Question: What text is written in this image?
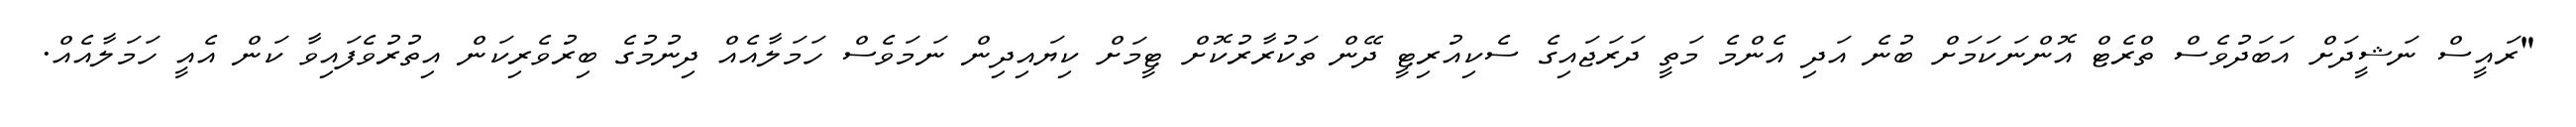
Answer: "ރައީސް ނަޝީދަށް އަބަދުވެސް ތްރެޓް އޮންނަކަމަށް ބުނެ އަދި އެންމެ މަތީ ދަރަޖައިގެ ސެކިއުރިޓީ ދޭން ތަކުރާރުކޮށް ޓީމަށް ކިޔައިދިން ނަމަވެސް ހަމަލާއެއް ދިނުމުގެ ބިރުވެރިކަން އިތުރުވެފައިވާ ކަން އެއީ ހަމަލާއެއް.